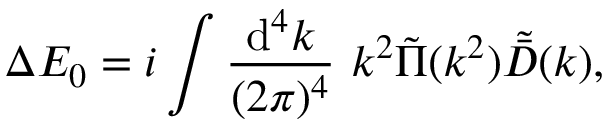
\Delta E _ { 0 } = i \int { \frac { \mathrm { d } ^ { 4 } k } { ( 2 \pi ) ^ { 4 } } } \ k ^ { 2 } \tilde { \Pi } ( k ^ { 2 } ) \tilde { \bar { D } } ( k ) ,